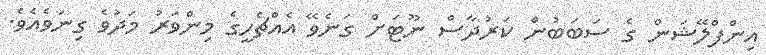
އިންފްލޭޝަން ގެ ސަބަބުން ކަރުދާސް ނޫޓަށް ގަނެވޭ އެއްޗެހީގެ މިންވަރު މަދުވެ ގިނަވެއެވެ.